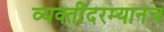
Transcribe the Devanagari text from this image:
व्यक्तींदरम्यानच